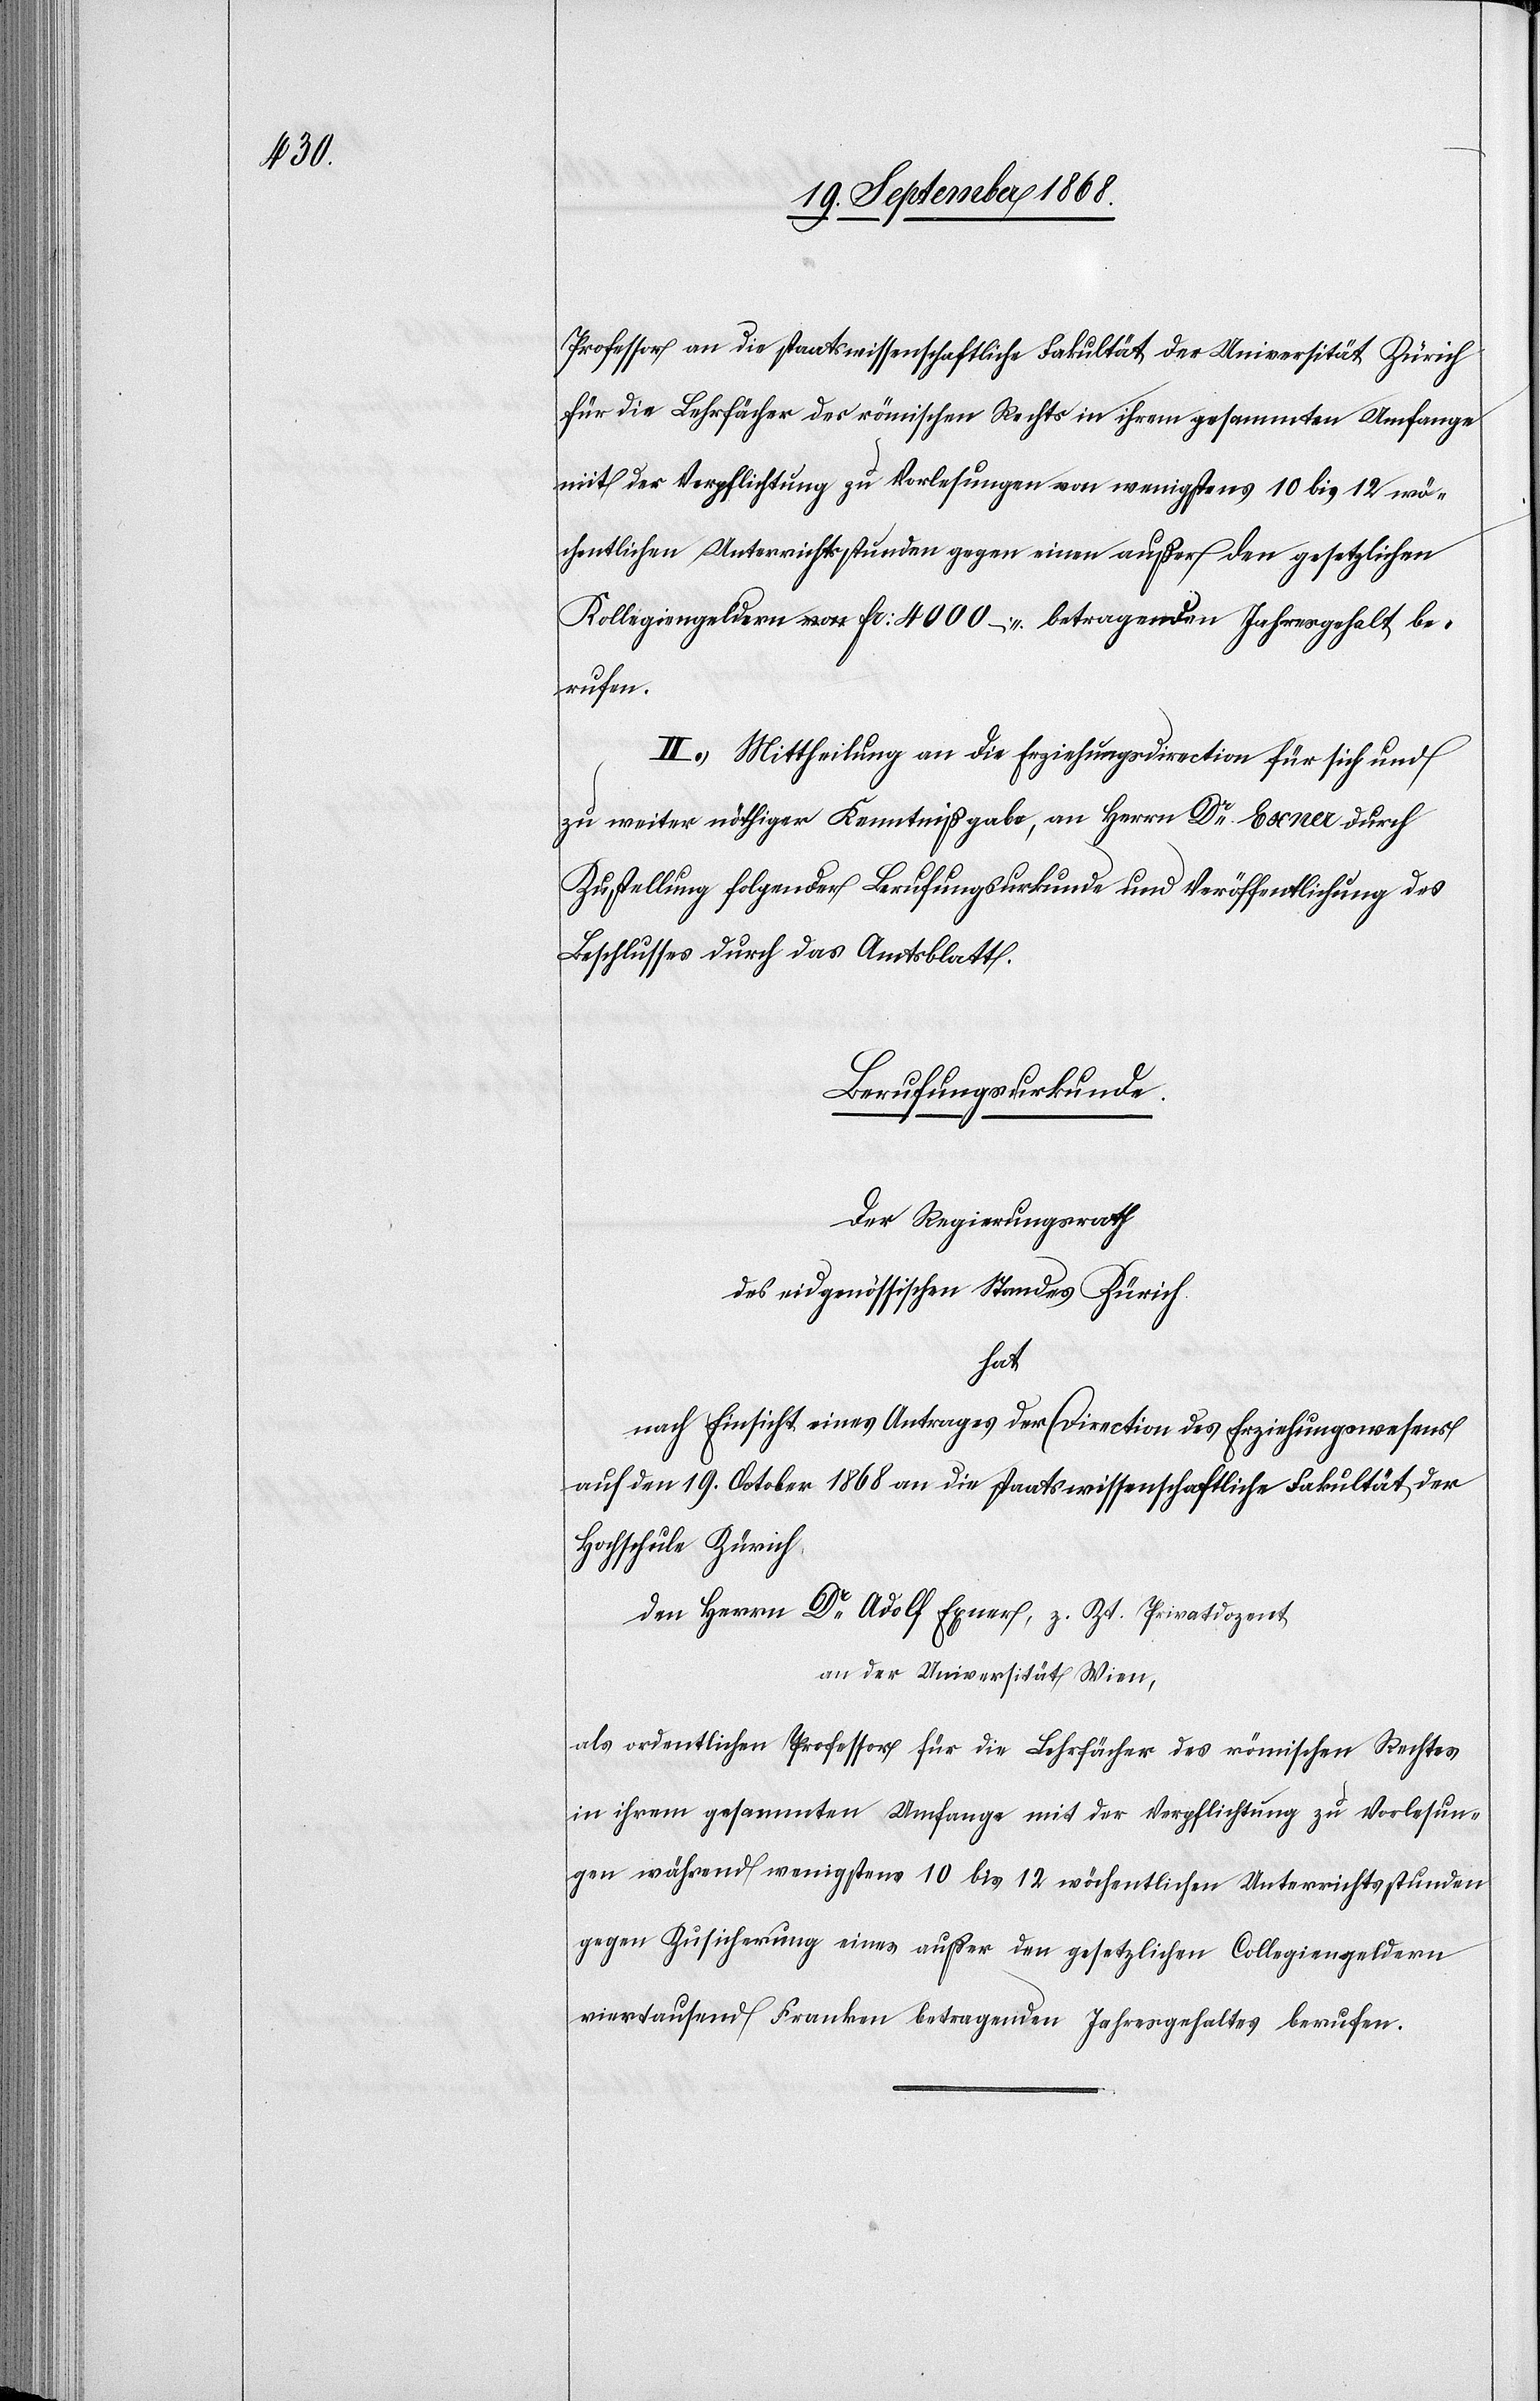
Professor an die staatswissenschaftliche Fakultät der Universität Zürich
für die Lehrfächer des römischen Rechts in ihrem gesammten Umfange
mit der Verpflichtung zu Vorlesungen von wenigstens 10 bis 12 wö¬
chentlichen Unterrichtsstunden gegen einen außer den gesetzlichen
Kollegiengeldern a-von-a Fr: 4000 – betragenden Jahresgehalt be¬
rufen.
II.) Mittheilung an die Erziehungsdirection für sich und
zu weiter nöthiger Kenntnißgabe, an Herrn Dr Exner durch
Zustellung folgender Berufungsurkunde und Veröffentlichung des
Beschlusses durch das Amtsblatt.
Berufungsurkunde.
Der Regierungsrath
des eidgenössischen Standes Zürich
hat
nach Einsicht eines Antrages der Direction des Erziehungswesens
auf den 19. October 1868 an die staatswissenschaftliche Fakultät der
Hochschule Zürich
den Herrn Dr Adolf Exner, z. Zt. Privatdozent
an der Universität Wien,
als ordentlichen Professor für die Lehrfächer des römischen Rechtes
in ihrem gesammten Umfange mit der Verpflichtung zu Vorlesun¬
gen während wenigstens 10 bis 12 wöchentlichen Unterrichtsstunden
gegen Zusicherung eines außer den gesetzlichen Collegiengeldern
viertausend Franken betragenden Jahresgehaltes berufen.